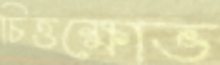
চিত্তক্ষোভ